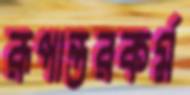
রূপান্তরকর্ম